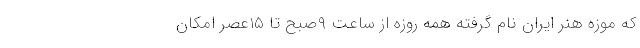
که موزه هنر ایران نام گرفته همه روزه از ساعت ۹صبح تا ۱۵عصر امکان